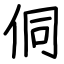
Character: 侗